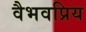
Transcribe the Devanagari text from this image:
वैभवप्रिय